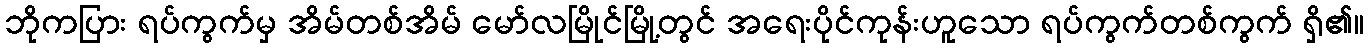
ဘိုကပြား ရပ်ကွက်မှ အိမ်တစ်အိမ် မော်လမြိုင်မြို့တွင် အရေးပိုင်ကုန်းဟူသော ရပ်ကွက်တစ်ကွက် ရှိ၏။